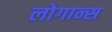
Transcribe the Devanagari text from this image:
लोगान्स